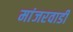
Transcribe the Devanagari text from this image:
मांजरवाडी